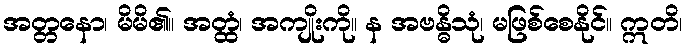
အတ္တနော၊ မိမိ၏။ အတ္ထံ၊ အကျိုးကို။ န အဗန္ဓိသုံ၊ မဖြစ်စေနိုင်။ ဣတိ၊